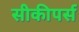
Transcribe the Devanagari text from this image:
सीकीपर्स